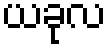
ယခုလ